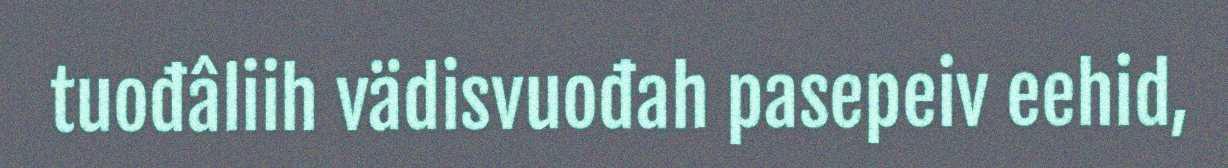
tuođâliih vädisvuođah pasepeiv eehid,